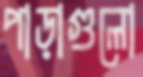
পাড়াগুলো